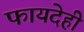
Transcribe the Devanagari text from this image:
फायदेही